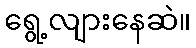
ရွေ့လျားနေဆဲ။